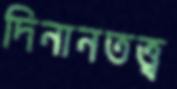
দিনানতত্ত্ব